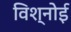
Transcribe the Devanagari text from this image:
विश्‍नोई